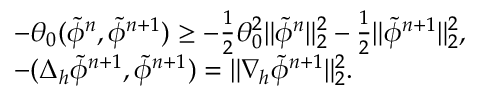
\begin{array} { r l } & { - \theta _ { 0 } ( \tilde { \phi } ^ { n } , \tilde { \phi } ^ { n + 1 } ) \ge - \frac { 1 } { 2 } \theta _ { 0 } ^ { 2 } \| \tilde { \phi } ^ { n } \| _ { 2 } ^ { 2 } - \frac { 1 } { 2 } \| \tilde { \phi } ^ { n + 1 } \| _ { 2 } ^ { 2 } , } \\ & { - ( \Delta _ { h } \tilde { \phi } ^ { n + 1 } , \tilde { \phi } ^ { n + 1 } ) = \| \nabla _ { h } \tilde { \phi } ^ { n + 1 } \| _ { 2 } ^ { 2 } . } \end{array}